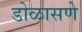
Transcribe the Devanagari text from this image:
डोळासणे